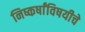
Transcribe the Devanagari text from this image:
निष्कर्षांविषयीचे